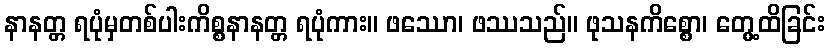
နာနတ္တ ရပုံမှတစ်ပါးကိစ္စနာနတ္တ ရပုံကား။ ဖဿော၊ ဖဿသည်။ ဖုသနကိစ္စော၊ တွေ့ထိခြင်း